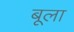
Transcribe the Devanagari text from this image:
बूला